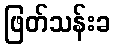
ဖြတ်သန်းခ